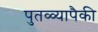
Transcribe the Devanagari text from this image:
पुतळ्यापैकी